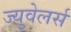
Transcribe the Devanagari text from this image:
ज्युवेलर्स